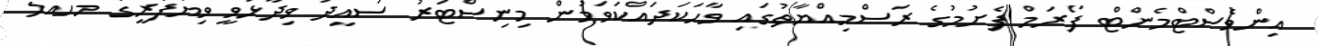
އިންވެސްޓްމެންޓް ފޯރަމް ފެށުމުގެ ރަސްމިއްޔާތުގައި ވާހަކަދައްކަވަމުން މިނިސްޓަރު ސައީދު ވިދާޅުވީ ވިޔަފާރީގެ މާހައުލު